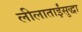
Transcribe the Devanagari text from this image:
लीलाताईंसुद्धा